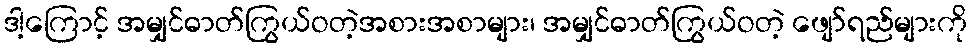
ဒါ့ကြောင့် အမျှင်ဓာတ်ကြွယ်ဝတဲ့အစားအစာများ၊ အမျှင်ဓာတ်ကြွယ်ဝတဲ့ ဖျော်ရည်များကို